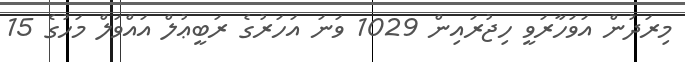
މިރަދުން އަވަހާރަވީ ހިޖުރައިން 1029 ވަނަ އަހަރުގެ ރަބީޢުލް އައްވަލް މަހުގެ 15